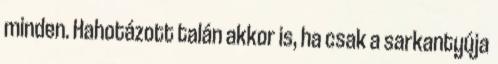
minden. Hahotázott talán akkor is, ha csak a sarkantyúja